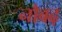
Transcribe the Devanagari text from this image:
नौबढ़